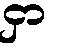
ငှာ